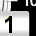
Digit: 1